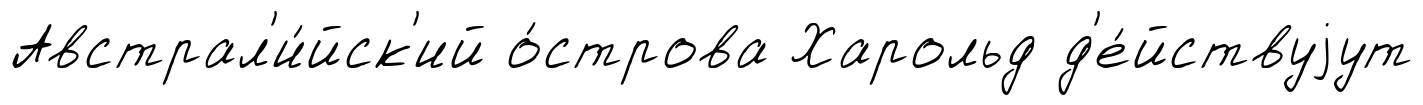
Австрал'и́йск'ий о́строва Харольд д'е́йствуjут